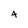
Character: A